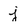
Character: j